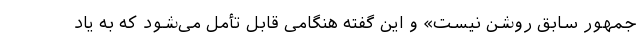
جمهور سابق روشن نیست» و این گفته هنگامی قابل تأمل می‌شود که به یاد